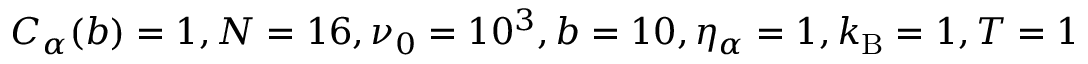
C _ { \alpha } ( b ) = 1 , N = 1 6 , \nu _ { 0 } = 1 0 ^ { 3 } , b = 1 0 , \eta _ { \alpha } = 1 , k _ { \mathrm { B } } = 1 , T = 1